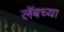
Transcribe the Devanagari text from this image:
लॅबच्या